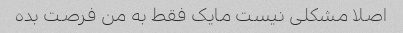
اصلا مشکلی نیست مایک فقط به من فرصت بده